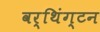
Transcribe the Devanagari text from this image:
वर्थिंग्टन